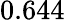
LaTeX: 0.644